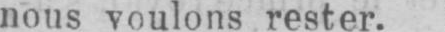
nous voulons rester.